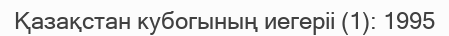
Қазақстан кубогының иегеріі (1): 1995